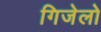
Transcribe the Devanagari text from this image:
गिजेलो